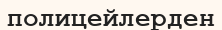
полицейлерден